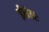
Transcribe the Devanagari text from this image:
ईमेलः